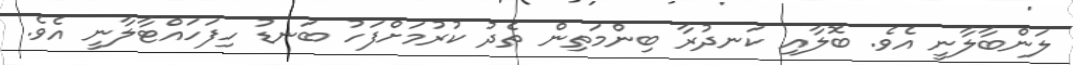
ލަންބާލާނީ އެވެ. ބޮލާއި ކަނދުރާ ބިންމަތިން ތެދު ކުރުމަށްފަހު ބަނޑު ހިފަހައްޓާލާނީ އެވެ.